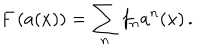
F \left( a ( x ) \right) = \sum _ { n } ^ { } f _ { n } a ^ { n } ( x ) \, .